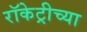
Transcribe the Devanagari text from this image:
रॉकेट्रीच्या